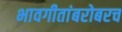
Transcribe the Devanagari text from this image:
भावगीतांबरोबरच